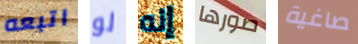
اتبعه لو إنه صورها صاغية